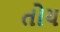
તોય